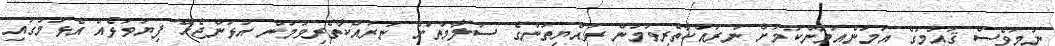
ނަމަވެސް ޤައުމުގެ އަމަންއަމާންކަމަށް ނުރައްކާތެރިވުމުން ރައްޔިތުންގެ ސަލާމަތަށް ނުރައްކާތެރިވުމުން އަޅަންޖެހޭ ފިޔަވަޅެއް އެޅުމުގައި